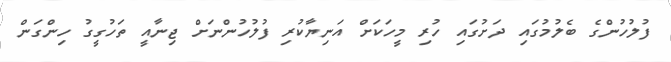
ފުލުހުންގެ ބެލުމުގައި ދަށުގައި ހުރި މީހަކަށް އަނިޔާކުރި ފުލުހުންނަށް ޖިނާއީ ތަހުގީގު ހިންގަން